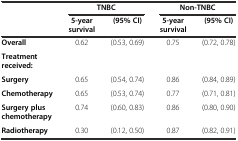
<table><thead><tr><td></td><td colspan="2"><b>TNBC</b></td><td colspan="2"><b>Non-TNBC</b></td></tr><tr><td></td><td><b>5-year survival</b></td><td><b>(95% CI)</b></td><td><b>5-year survival</b></td><td><b>(95% CI)</b></td></tr></thead><tbody><tr><td><b>Overall</b></td><td>0.62</td><td>(0.53, 0.69)</td><td>0.75</td><td>(0.72, 0.78)</td></tr><tr><td><b>Treatment received:</b></td><td></td><td></td><td></td><td></td></tr><tr><td><b>Surgery</b></td><td>0.65</td><td>(0.54, 0.74)</td><td>0.86</td><td>(0.84, 0.89)</td></tr><tr><td><b>Chemotherapy</b></td><td>0.65</td><td>(0.53, 0.74)</td><td>0.77</td><td>(0.71, 0.81)</td></tr><tr><td><b>Surgery plus chemotherapy</b></td><td>0.74</td><td>(0.60, 0.83)</td><td>0.86</td><td>(0.80, 0.90)</td></tr><tr><td><b>Radiotherapy</b></td><td>0.30</td><td>(0.12, 0.50)</td><td>0.87</td><td>(0.82, 0.91)</td></tr></tbody></table>